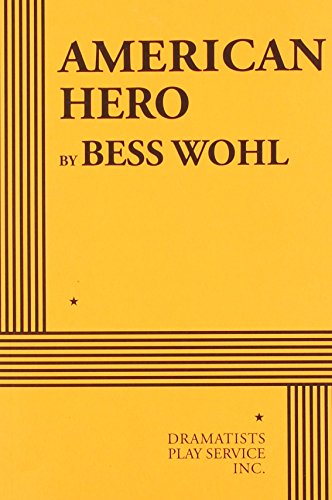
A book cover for American Hero; Bess Wohl; Literature & Fiction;